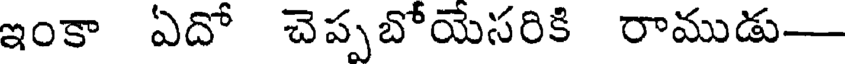
ఇంకా ఏదో చెప్పబోయేసరికి రాముడు-